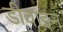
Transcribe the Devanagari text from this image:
डीवाइन